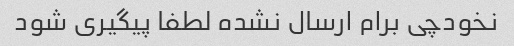
نخودچی برام ارسال نشده لطفا پیگیری شود